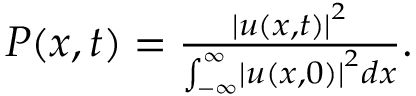
\begin{array} { r } { P ( x , t ) = \frac { \left\vert u ( x , t ) \right\vert ^ { 2 } } { \int _ { - \infty } ^ { \infty } \left\vert u ( x , 0 ) \right\vert ^ { 2 } d x } . } \end{array}